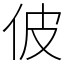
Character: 佊